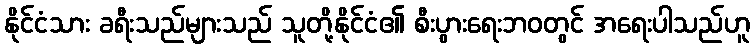
နိုင်ငံသား ခရီးသည်များသည် သူတို့နိုင်ငံ၏ စီးပွားရေးဘဝတွင် အရေးပါသည်ဟူ